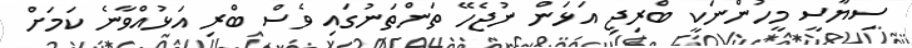
ސިޔާސީ މީހުންނަކީ ބްރިޖި އަޅަން ނުޖެހޭ ތަންތަނުގައި ވެސް ބްރި އަޅުއްވާނެ ކަމަށް